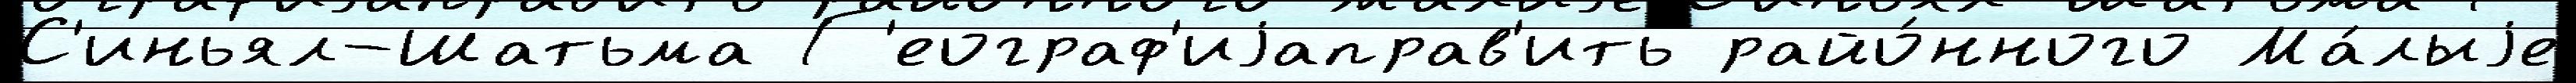
С'иньял-Шатьма Г'еограф'иjаправ'ить райо́нного Ма́лыjе